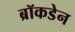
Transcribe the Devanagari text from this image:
ब्रॉकडेन